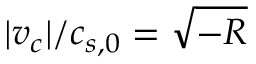
| v _ { c } | / c _ { s , 0 } = \sqrt { - R }